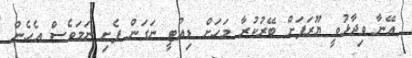
އޭނާ ވިދާޅުވީ ޔޫރަޕަށް ބޭރުކުރާ މަހަށް ޑިއުޓީ ނަގަން ފެށި ނަމަވެސް އެހެން